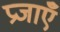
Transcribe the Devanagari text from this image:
प्रजाएँ